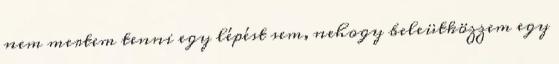
nem mertem tenni egy lépést sem, nehogy beleütközzem egy